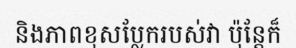
និងភាពខុសប្លែករបស់វា ប៉ុន្តែក៏